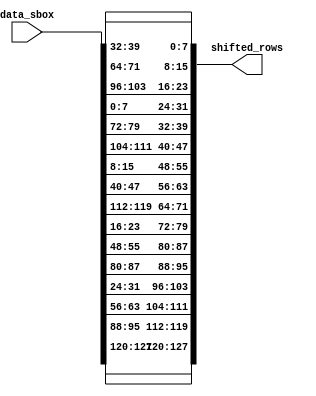
//  INFO.: Undergraduate ECE student, Alexandria university, Egypt.
//  AUTHOR'S EMAIL: majiidd17@icloud.com
//  TYPE: module.
//  KEYWORDS: Rotator, AES.
//  PURPOSE: An RTL modelling for a left rotator used in the AES logic implementation.

module ShiftRows 
//-----------------Ports-----------------\\\\
(
    input  wire [0:127] data_sbox,

    output wire [0:127] shifted_rows
);

// //-----------------Original-----------------\\\\
// first_row  = {data_sbox[0:7],data_sbox[32:39],data_sbox[64:71],data_sbox[96:103]};
// second_row = {data_sbox[8:15],data_sbox[40:47],data_sbox[72:79],data_sbox[104:111]};
// third_row  = {data_sbox[16:23],data_sbox[48:55],data_sbox[80:87],data_sbox[112:119]};
// fourth_row = {data_sbox[24:31],data_sbox[56:63],data_sbox[88:95],data_sbox[120:127]};

//-----------------Output logic-----------------\\\\
assign shifted_rows = {
    data_sbox[0:7],     data_sbox[32:39],   data_sbox[64:71],   data_sbox[96:103],  //  first row shifted by zero bytes
    data_sbox[40:47],   data_sbox[72:79],   data_sbox[104:111], data_sbox[8:15],    //  second row shifted by one bytes
    data_sbox[80:87],   data_sbox[112:119], data_sbox[16:23],   data_sbox[48:55],   //  third row shifted by two bytes
    data_sbox[120:127], data_sbox[24:31],   data_sbox[56:63],   data_sbox[88:95]    //  fourth row shifted by three bytes
};

endmodule